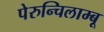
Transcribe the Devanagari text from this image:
पेरुन्चिलाम्बू